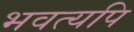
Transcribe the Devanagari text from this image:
भवत्यपि